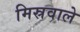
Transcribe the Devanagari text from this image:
मिस्रवाले